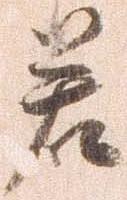
若